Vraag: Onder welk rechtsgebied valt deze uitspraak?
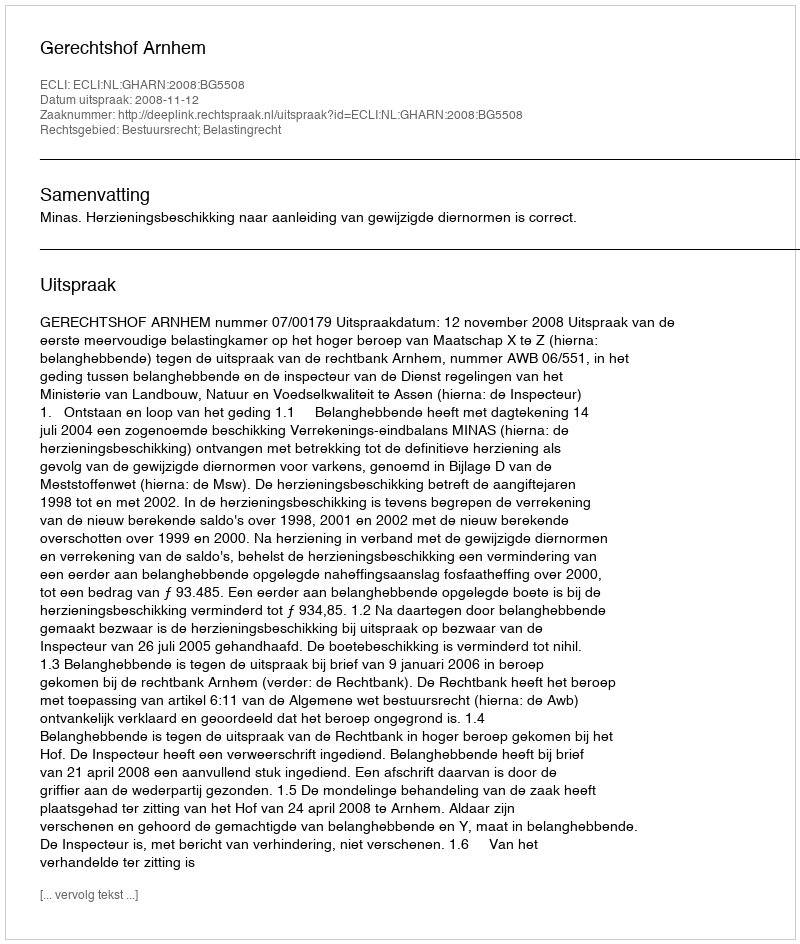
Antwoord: Bestuursrecht; Belastingrecht